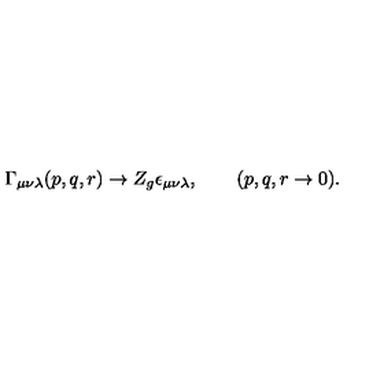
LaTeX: \Gamma _ { \mu \nu \lambda } ( p , q , r ) \to Z _ { g } \epsilon _ { \mu \nu \lambda } , \qquad ( p , q , r \to 0 ) .